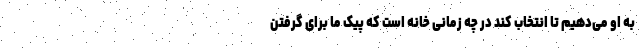
به او می‌دهیم تا انتخاب کند در چه زمانی خانه است که پیک ما برای گرفتن